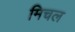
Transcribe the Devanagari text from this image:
मिचल